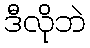
ဒီလိုဘဲ